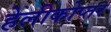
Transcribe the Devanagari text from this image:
हेलीकोप्तर